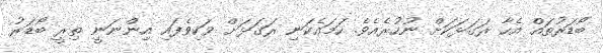
ބޯޑަރުތައް އެހާ ރަގަޅަކަށް ނުހުރެއެވެ. ހަމައެކަނި ރަގަޅަށް ވަކިވެފައި އިންނަނީ ތިރީ ބޯޑަރު